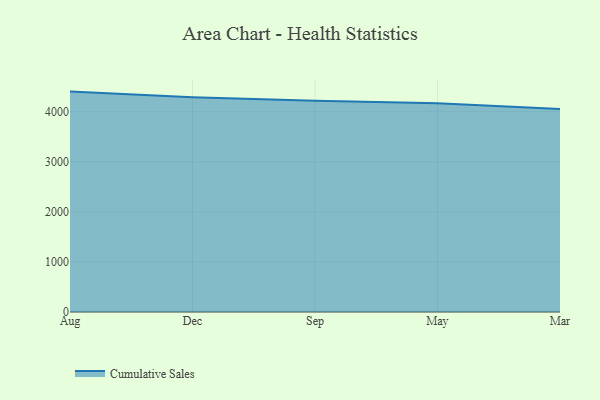
{"axis": {"x": "Month", "y": "LTV (USD)"}, "legend": ["Cumulative Sales"], "data": [{"x": "Aug", "y": 4401.8, "type": "Cumulative Sales"}, {"x": "Dec", "y": 4290.5, "type": "Cumulative Sales"}, {"x": "Sep", "y": 4219.6, "type": "Cumulative Sales"}, {"x": "May", "y": 4169.5, "type": "Cumulative Sales"}, {"x": "Mar", "y": 4054.3, "type": "Cumulative Sales"}]}